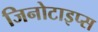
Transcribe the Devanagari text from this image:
जिनोटाइप्स